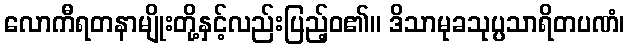
လောကီရတနာမျိုးတို့နှင့်လည်းပြည့်ဝ၏။ ဒိသာမုခသုပ္ပသာရိတပဏံ၊